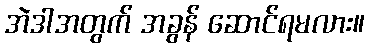
အဲဒါအတွက် အခွန် ဆောင်ရမလား။